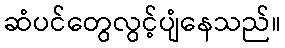
ဆံပင်တွေလွင့်ပျံနေသည်။